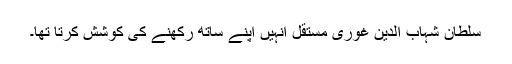
سلطان شہاب الدین غوری مستقل انہیں اپنے ساتھ رکھنے کی کوشش کرتا تھا۔